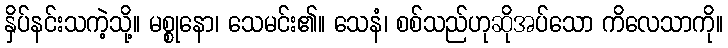
နှိပ်နင်းသကဲ့သို့။ မစ္စုနော၊ သေမင်း၏။ သေနံ၊ စစ်သည်ဟုဆိုအပ်သော ကိလေသာကို။